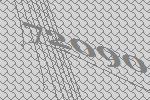
72090